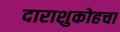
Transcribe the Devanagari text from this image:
दाराशुकोहचा